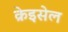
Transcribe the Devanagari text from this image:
क्रेइसेल